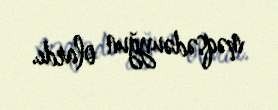
məqsədəuyğun olardı.